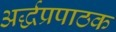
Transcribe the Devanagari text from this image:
अर्द्धप्रपाठक